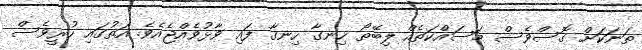
ތަނަކަށް ގޮސްވެސް މަސައްކަތެއް ލިބޭތޯ ހިނގާ ހިނގާ ފައި ވާޅުވެއްޖެއެވެ. އަތުގައި ހުރީވެސް